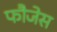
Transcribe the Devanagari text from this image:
फौजेस